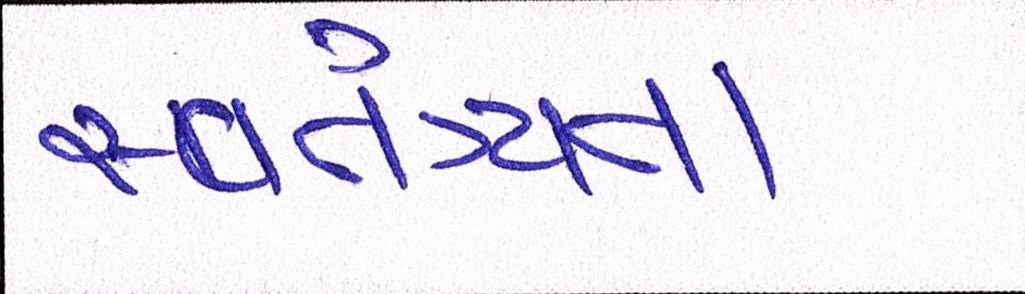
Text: સ્વતંત્ર્યતા